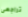
تراجعى